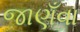
જાણઁવા